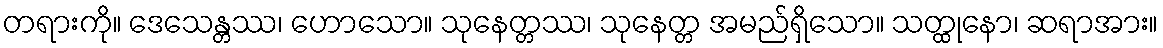
တရားကို။ ဒေသေန္တဿ၊ ဟောသော။ သုနေတ္တဿ၊ သုနေတ္တ အမည်ရှိသော။ သတ္ထုနော၊ ဆရာအား။